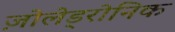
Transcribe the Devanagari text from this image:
ज़ोलेड्रोनिक